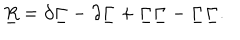
\underline { { { R } } } = \partial \underline { { { \Gamma } } } - \partial \underline { { { \Gamma } } } + { \underline { { { \Gamma } } } } \underline { { { \Gamma } } } - { \underline { { { \Gamma } } } } \underline { { { \Gamma } } } .